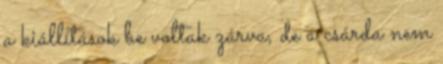
a kiállítások be voltak zárva, de a csárda nem